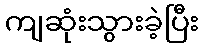
ကျဆုံးသွားခဲ့ပြီး